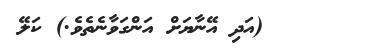
٤٩      (އަދި އޭނާޔަށް އަންގަވާނެތެވެ.) ކަލޭ